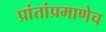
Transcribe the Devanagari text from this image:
प्रांतांप्रमाणेच